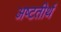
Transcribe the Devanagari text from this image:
अष्‍टतीर्थ